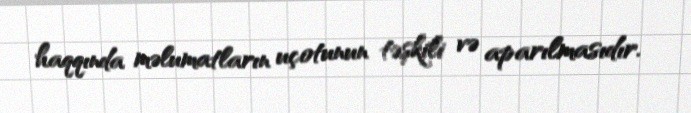
haqqında məlumatların uçotunun təşkili və aparılmasıdır.